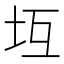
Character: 坘